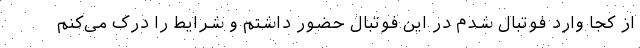
از کجا وارد فوتبال شدم در این فوتبال حضور داشتم و شرایط را درک می‌کنم